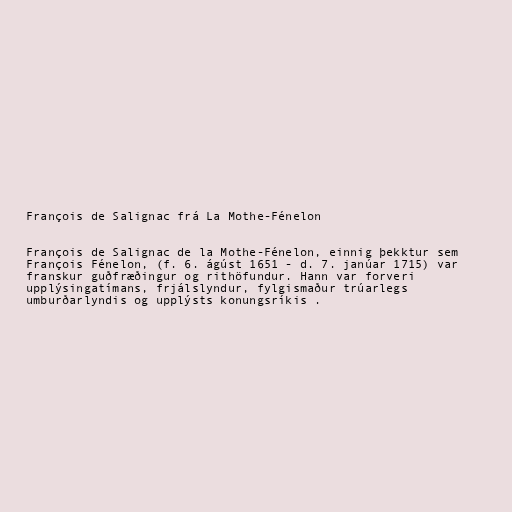
François de Salignac frá La Mothe-Fénelon

François de Salignac de la Mothe-Fénelon, einnig þekktur sem
François Fénelon, (f. 6. ágúst 1651 - d. 7. janúar 1715) var
franskur guðfræðingur og rithöfundur. Hann var forveri
upplýsingatímans, frjálslyndur, fylgismaður trúarlegs
umburðarlyndis og upplýsts konungsríkis .